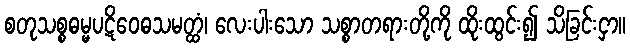
စတုသစ္စဓမ္မပဋိဝေဓသမတ္ထံ၊ လေးပါးသော သစ္စာတရားတို့ကို ထိုးထွင်း၍ သိခြင်းငှာ။